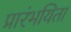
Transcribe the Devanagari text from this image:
प्रारंभयिता